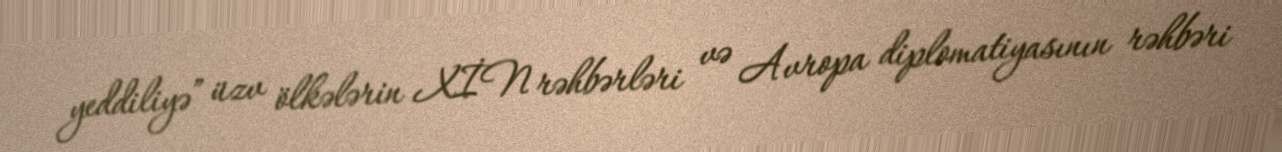
yeddiliyə” üzv ölkələrin XİN rəhbərləri və Avropa diplomatiyasının rəhbəri